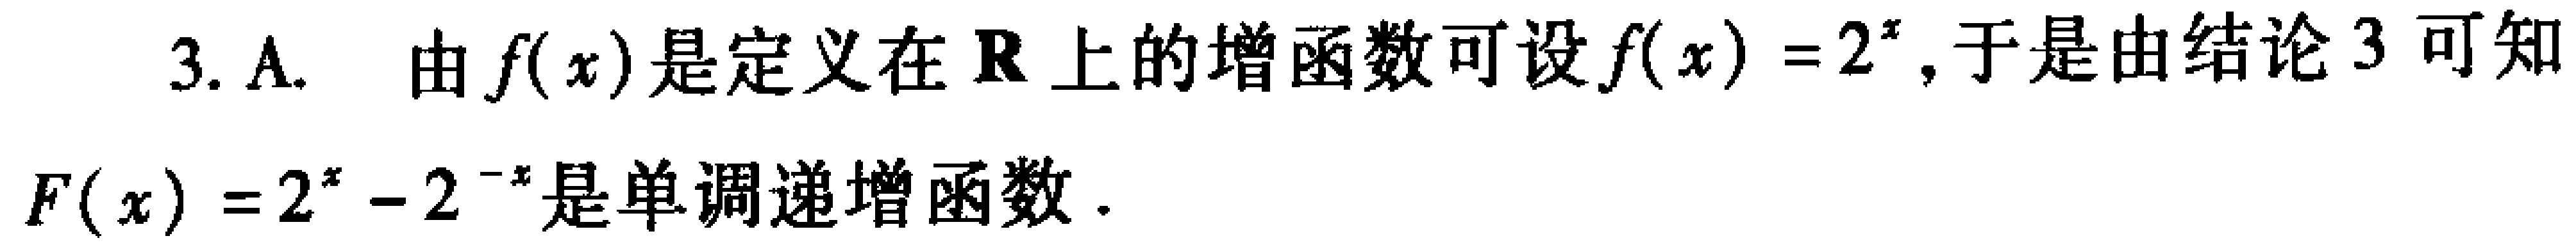
3. A. 由\(f(x)\)是定义在\(\mathbf{R}\)上的增函数可设\(f(x)=2^{x}\), 于是由结论 3 可知

\(F(x)=2^{x}-2^{-x}\)是单调递增函数.